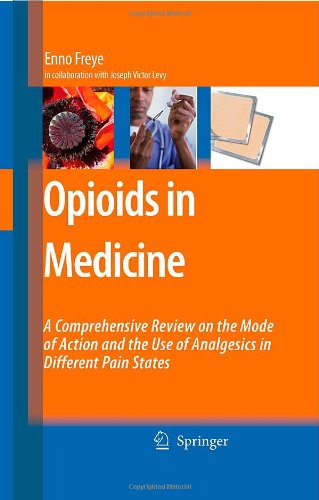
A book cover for Opioids in Medicine: A Comprehensive Review on the Mode of Action and the Use of Analgesics in Different Clinical Pain States; Enno Freye; Medical Books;